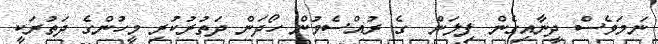
ނަމަވެސް ދީނާއިގެން ފިލަން  ގެ ރުއްސެވުން ހޯދަން ދަތުރުކުރި މީހުންގެ ދަތުރަކީ